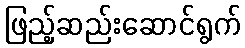
ဖြည့်ဆည်းဆောင်ရွက်